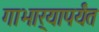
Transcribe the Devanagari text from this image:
गाभार्‍यापर्यंत